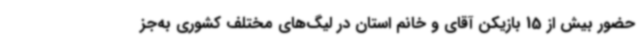
حضور بیش از 15 بازیکن آقای و خانم استان در لیگ‌های مختلف کشوری به‌جز